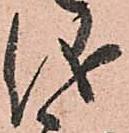
儀